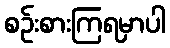
စဉ်းစားကြရမှာပါ